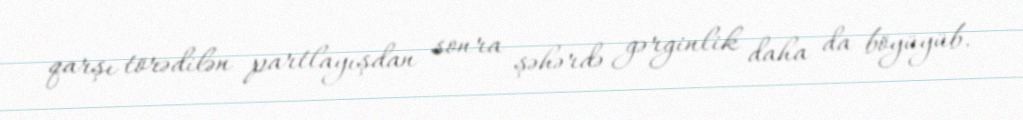
qarşı törədilən partlayışdan sonra şəhərdə gərginlik daha da böyüyüb.